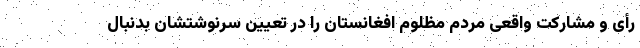
رأی و مشارکت واقعی مردم مظلوم افغانستان را در تعیین سرنوشتشان بدنبال